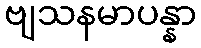
ဗျသနမာပန္နာ